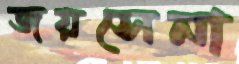
জয়সেনা